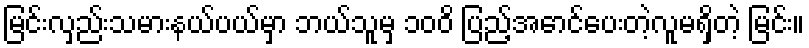
မြင်းလှည်းသမားနယ်ပယ်မှာ ဘယ်သူမှ ၁၀၀ိ ပြည့်အောင်ပေးတဲ့လူမရှိတဲ့ မြင်း။